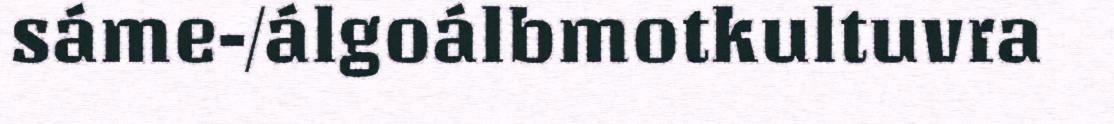
sáme-/álgoálbmotkultuvra